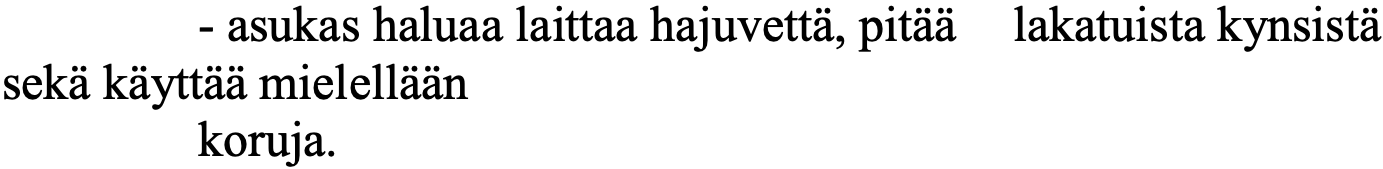
- asukas haluaa laittaa hajuvettä, pitää lakatuista kynsistä sekä käyttää mielellään koruja.